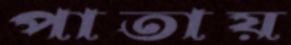
পাতায়